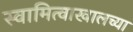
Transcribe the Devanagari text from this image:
स्वामित्वाखालच्या